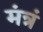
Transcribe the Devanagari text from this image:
मंत्रं